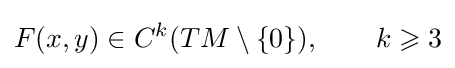
F(x,y)\in C^{k}(TM\setminus \{0\}),\qquad k\geqslant 3